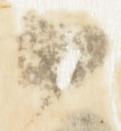
候